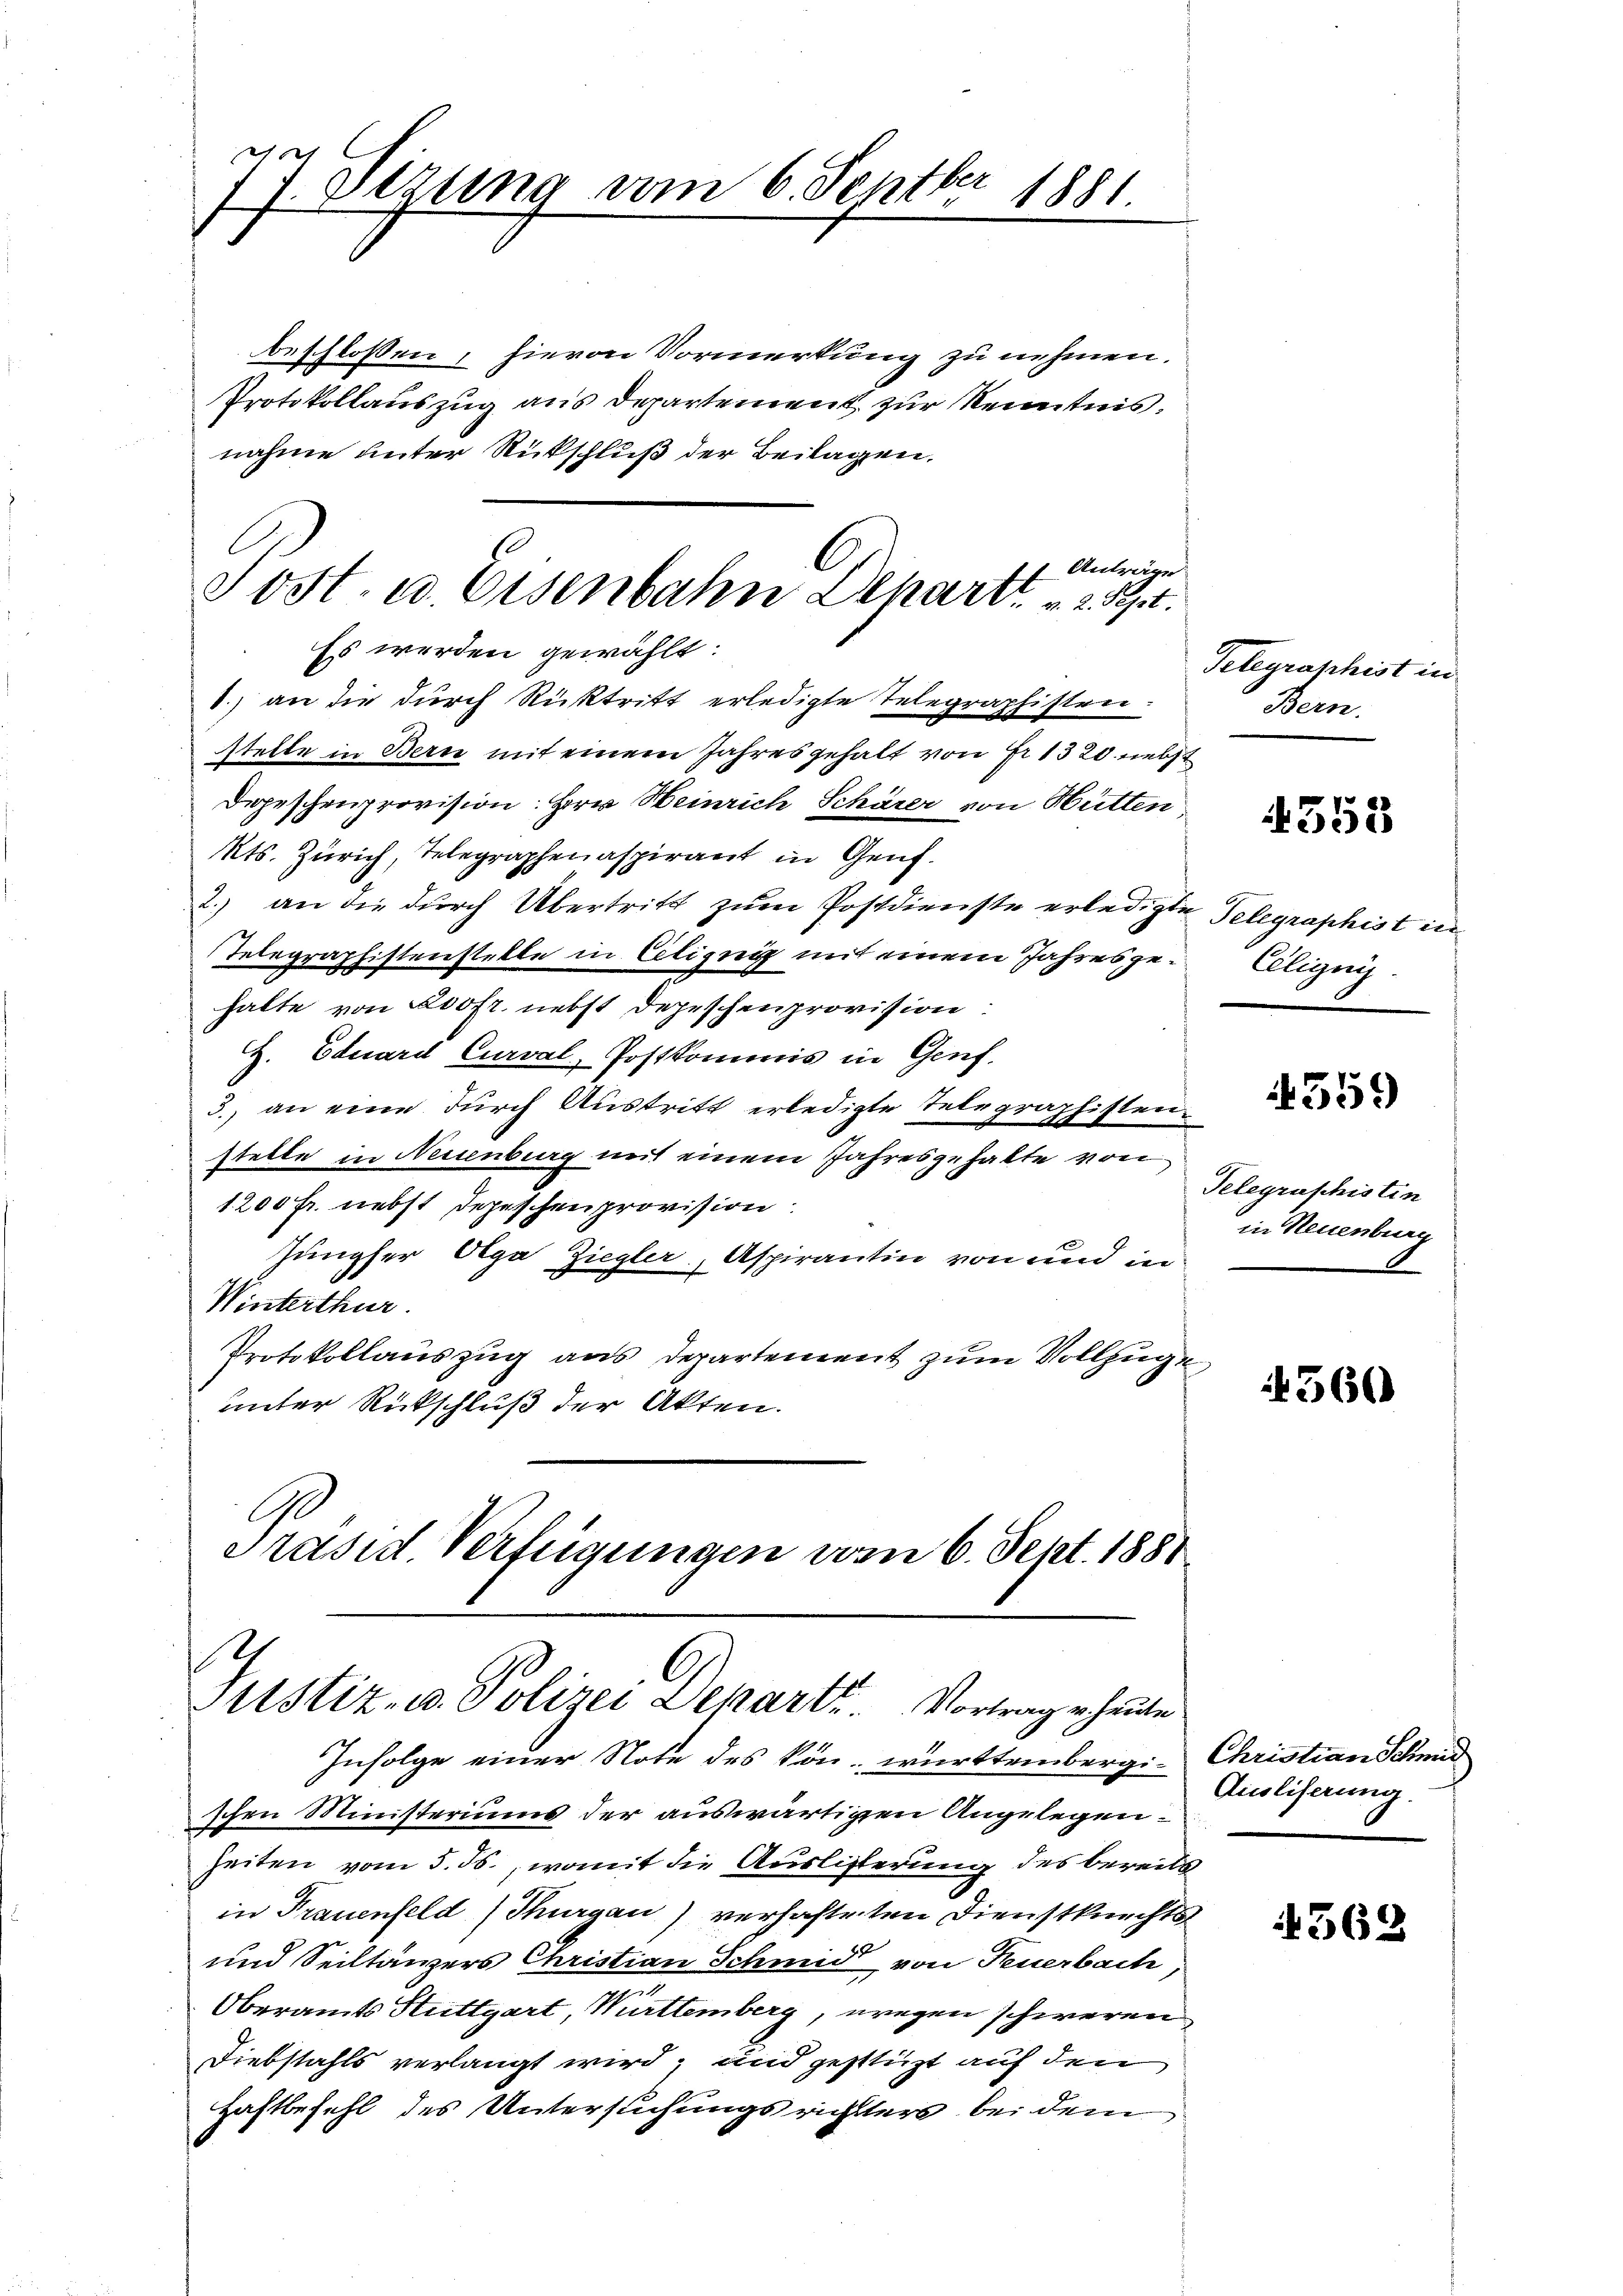
77. Sezung vom 6. Septbr 1881.

beschlossen, hievon Vormerkung zu nehmen.
Protokollauszug aus Departement zur Kenntnis.
nahme unter Rückschluß der Beilagen.
17. Anträge
1.) an die durch Rücktritt erledigte Telegraphisten.
stelle in Bern mit einem Jahres gehalt von Fr. 1320 nebst
Depeschenprovision. Herr Heinrich Schärer von Hütten
Kts. Zürich, Telegraphenaspirant in Genf.
2.) an die durch Übertritt zum Postdienste erledigte Telegraphist in
Telegraphistenstette in Ciligung mit einem Jahres gehalte von 200fr. nebst Depeschenprovision:
Z. Eduard Curval, Postkommis in Genf.
3., an eine durch Austritt erledigte Telegraphistenstelle in Neuenburg mit einem Jahresgehalte von
1200 Fr. nebst Depeschenprovision
Jungfer Olga Ziegler, Aspirantin von und in
Winterthur.
Protokollauszug aus Departement zum Vollzuge
unter Rückschluß der Akten.
G.
Präsid. Verfügungen vom 6. Sept. 1888

Sost- u. Eisenbahn Deharr 2 t.
Es werden gewählt:

9
C
Justiz- u. Polizei Depart. Vortrage heute

Infolge einer Note des kön-württembergi- Christian Schmid
schen Ministeriums der auswärtigen Angelegen.
Zeiten vom 5. ds., womit die Auslisterung des bereits
in Frauenfeld (Thurgau) verhafteten Dienstknechts
und Seiltänzers Christian Schmid von Feuerbach
Oberamts Stuttgart, Württemberg, wegen schweren
Diebstahls verlangt wird, und gestüzt auf den
Haftbefehl des Untersuchungsrichters bei dem

Telegraphist in
Bern.

4353

Elligung

4559

Telegraschistin
in Neuenburg

4360

Ausliserung.

4369